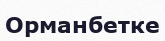
Орманбетке